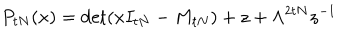
LaTeX: P _ { t N } ( x ) = \det ( x I _ { t N } - M _ { t N } ) + z + \Lambda ^ { 2 t N } z ^ { - 1 }